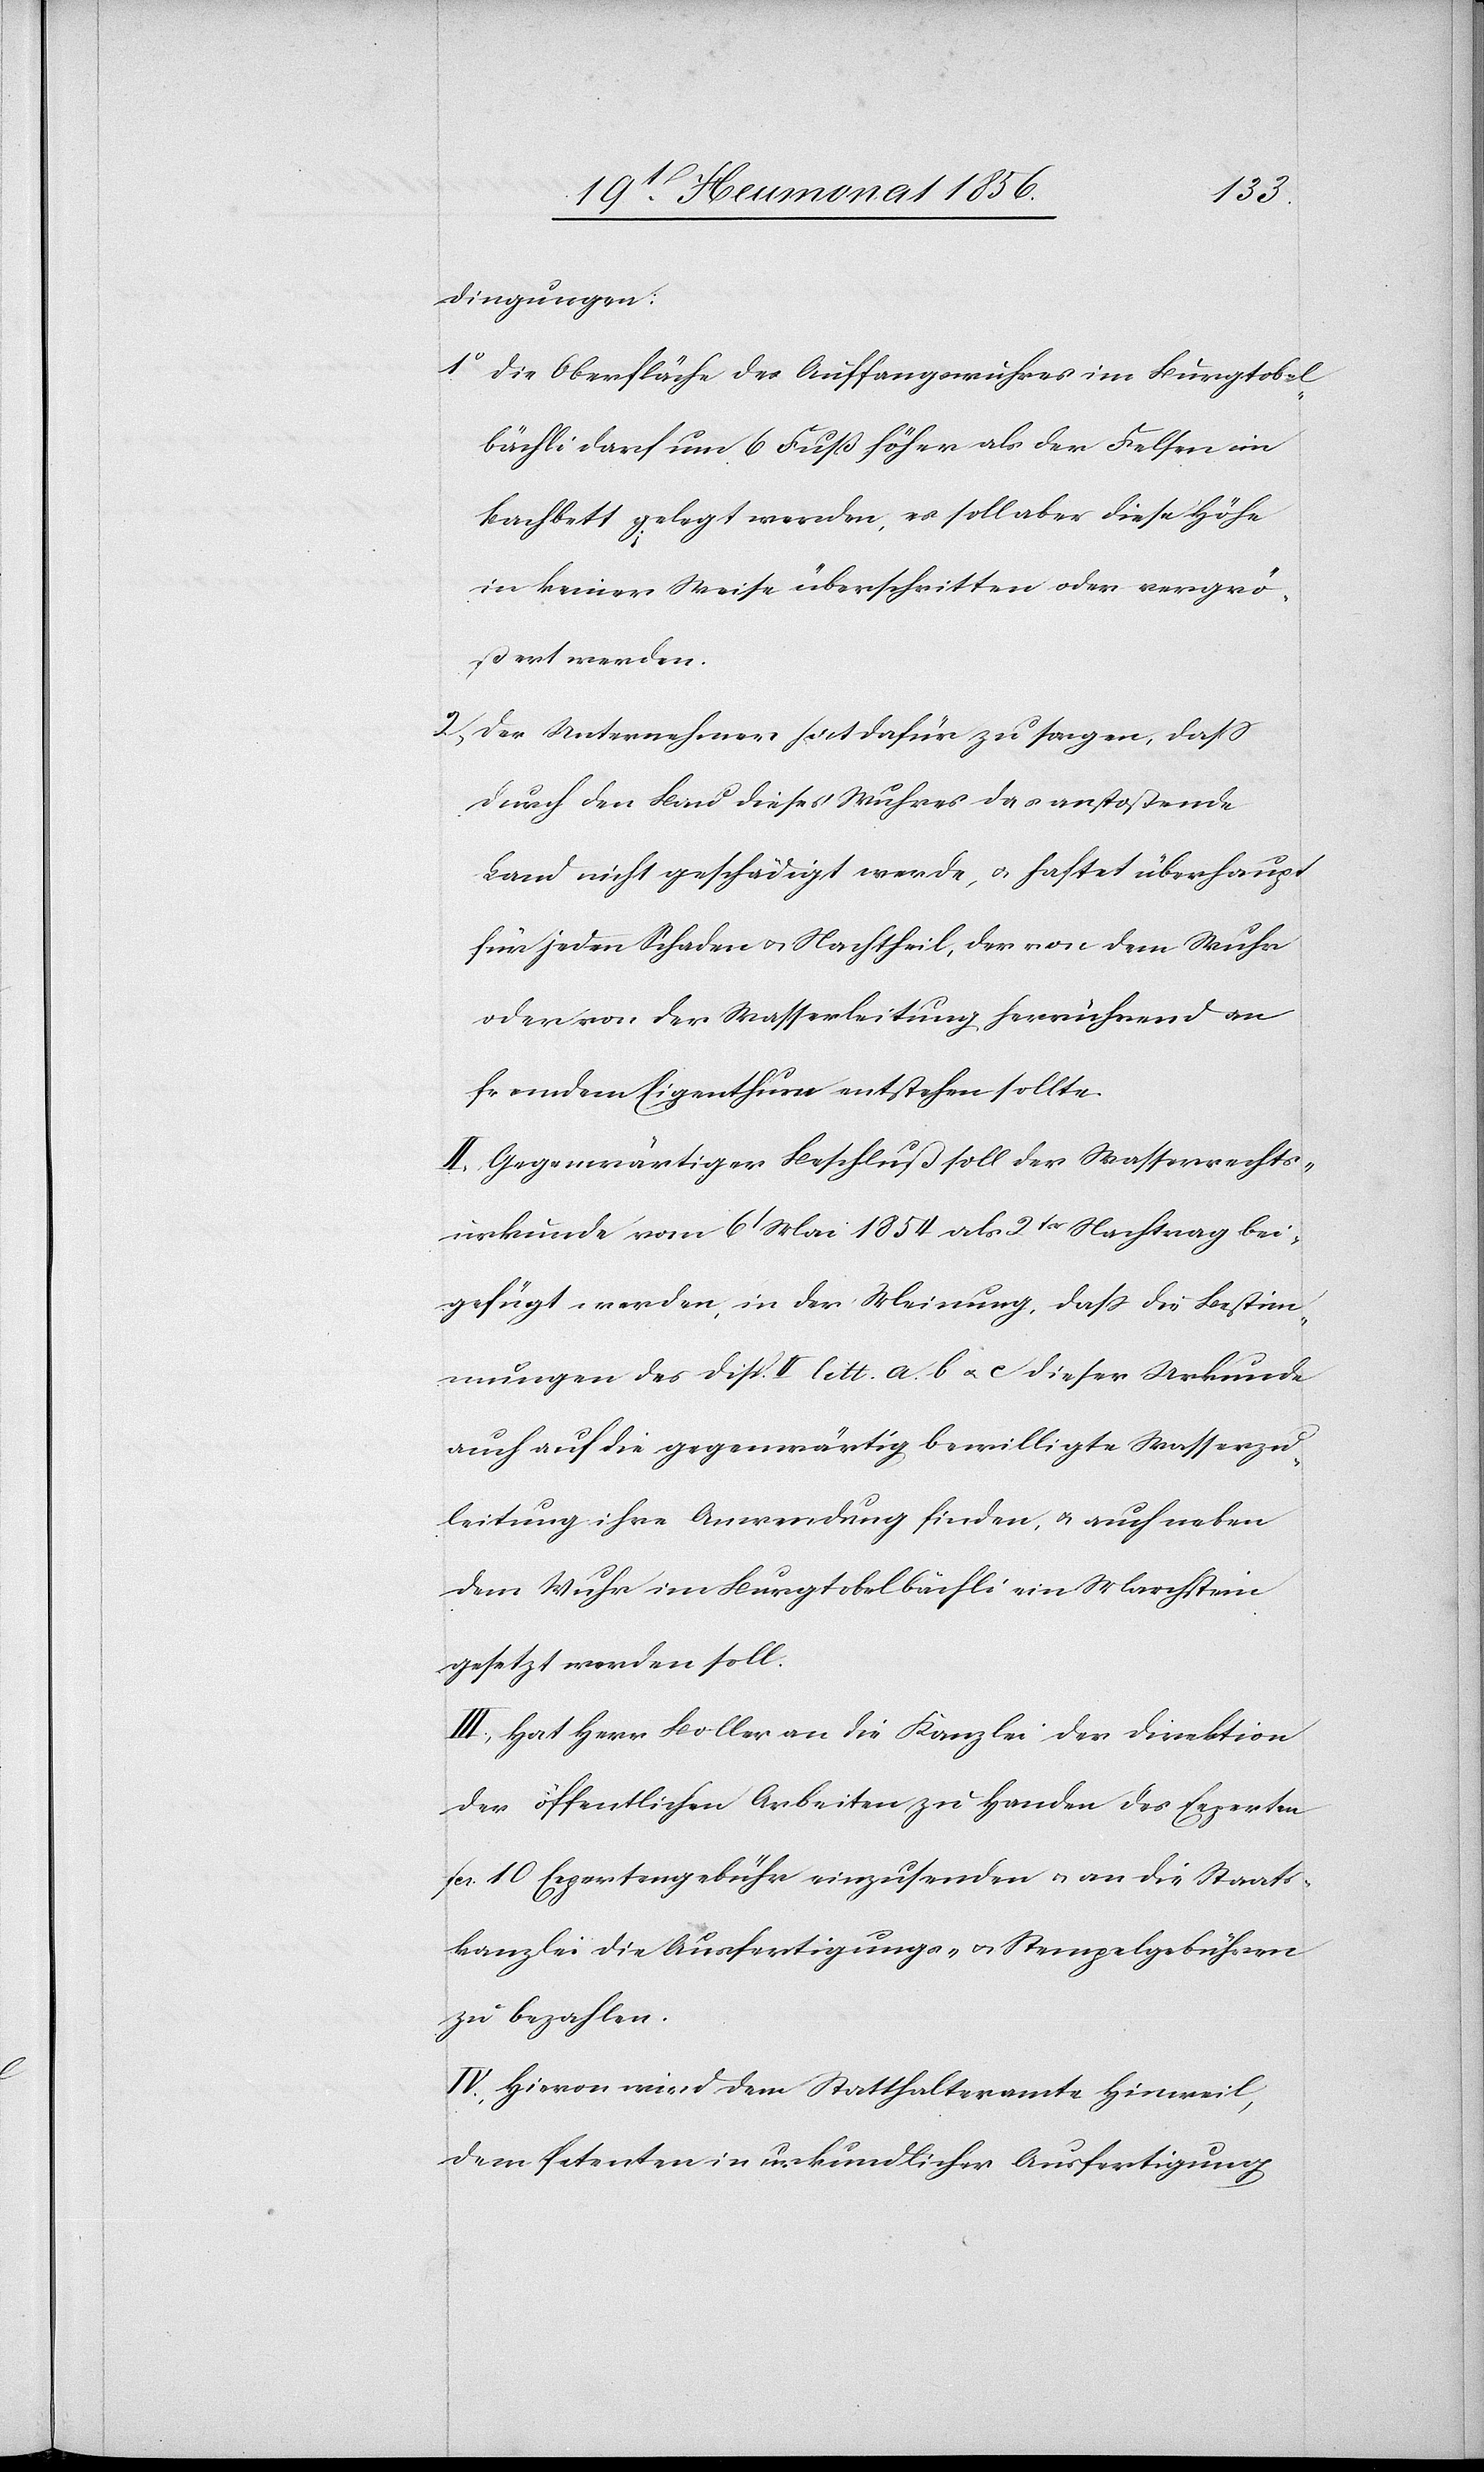
dingungen:
1) Die Oberfläche des Auffangswuhres im Burgtobel¬
bächli darf um 6 Fuß höher als der Felsen im
Bachbett gelegt werden, es soll aber diese Höhe
in keiner Weise überschritten oder vergrö¬
ßert werden.
2) Der Unternehmer hat dafür zu sorgen, dass
durch den Bau dieses Wuhres das anstoßende
Land nicht geschädigt werde, u. haftet überhaupt
für jeden Schaden u. Nachtheil, der von dem Wuhr
oder von der Wasserleitung herrührend an
fremdem Eigenthum entstehen sollte.
II.) Gegenwärtiger Beschluß soll der Wasserrechts¬
urkunde vom 6 Mai 1854 als 2tr Nachtrag bei¬
gefügt werden, in der Meinung, dass die Bestim¬
mungen des Disp. I litt. a.[,] b u. c dieser Urkunde
auch auf die gegenwärtig bewilligte Wasserzu¬
leitung ihre Anwendung finden, u. auch neben
dem Wuhr im Burgtobelbächli ein Marchstein
gesetzt werden soll.
III.) Hat Herr Boller an die Kanzlei der Direktion
der öffentlichen Arbeiten zu Handen des Experten
fcs. 10 Expertengebühr einzusenden u. an die Staats¬
kanzlei die Ausfertigungs- u. Stempelgebühren
zu bezahlen.
IV.) Hievon wird dem Statthalteramte Hinweil,
dem Petenten in urkundlicher Ausfertigung